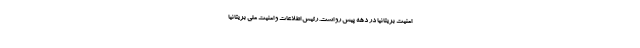
امنیت بریتانیا در دهه پیش رو است. رئیس اطلاعات و امنیت ملی بریتانیا